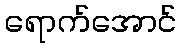
ရောက်အောင်